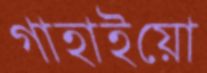
গাহাইয়ো